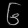
Digit: ၆